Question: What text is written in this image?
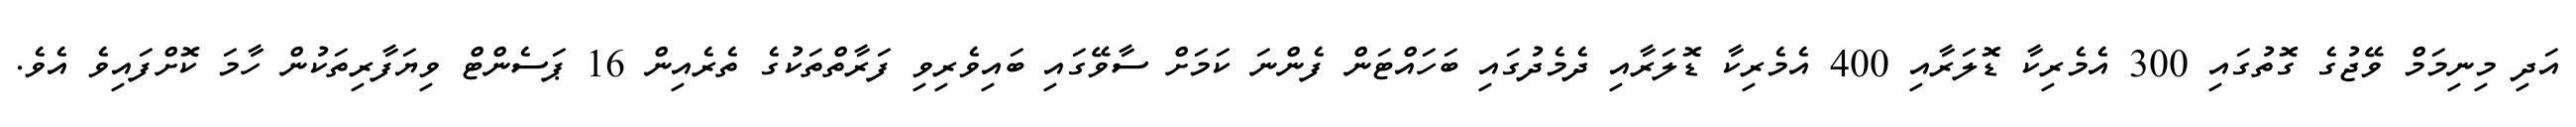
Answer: އަދި މިނިމަމް ވޭޖުގެ ގޮތުގައި 300 އެމެރިކާ ޑޮލަރާއި 400 އެމެރިކާ ޑޮލަރާއި ދެމެދުގައި ބަހައްޓަން ފެންނަ ކަމަށް ސާވޭގައި ބައިވެރިވި ފަރާތްތަކުގެ ތެރެއިން 16 ޕަސެންޓް ވިޔަފާރިތަކުން ހާމަ ކޮށްފައިވެ އެވެ.